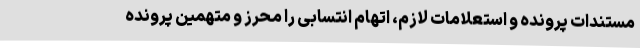
مستندات پرونده و استعلامات لازم، اتهام انتسابی را محرز و متهمین پرونده